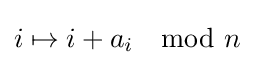
i\mapsto i+a_{i}\mod {n}